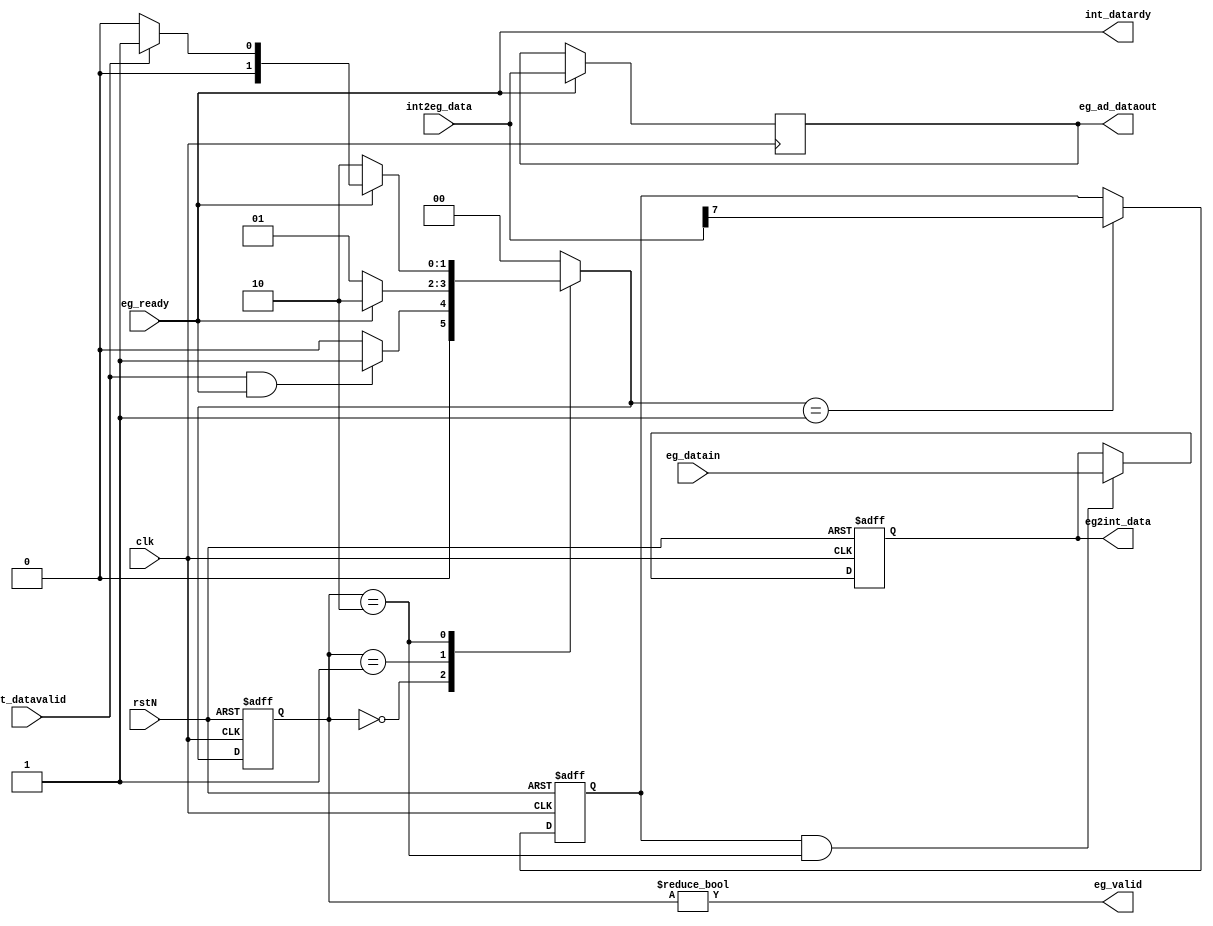
//---------------------------------------------------------------------------//
//                                                                           //
//  Module:  egress                                                          //
//                                                                           //
//  Version: 13 July 2006                                                    //
//---------------------------------------------------------------------------//

//************************************************************************
//
//  Copyright (c) 2017 Cadence Design Systems, Inc. All Rights
//  Reserved.  Unpublished -- rights reserved under the copyright laws of
//  the United States.
//
//  The content of this file is owned by Jasper Design Automation, Inc.
//  and may be used only as authorized in the license agreement
//  controlling such use. No part of these materials may be reproduced,
//  transmitted, or translated, in any form or by any means, electronic,
//  mechanical, manual, optical, or otherwise, without prior written
//  permission of Jasper Design Automation, or as expressly provided by
//  the license agreement. These materials are for information and
//  instruction purposes.
//
//  For technical assistance please send email to support@jasper-da.com.
//
// ***********************************************************************

`define EG_IDLE 2'b00
`define EG_ADDR 2'b01
`define EG_DATA 2'b10

module egress (
  clk, rstN,
  int2eg_data, eg2int_data, int_datavalid, int_datardy,
  eg_datain, eg_ad_dataout, eg_valid, eg_ready
);

input clk, rstN;

// Addr and data from the internal bridge
// For addr, 6:0 is the address and bit 7 is read_write information
input int_datavalid;
input [7:0] int2eg_data;
output int_datardy;
output [7:0] eg2int_data;

input eg_ready;
input [7:0] eg_datain;
output eg_valid;
output [7:0] eg_ad_dataout;

reg [1:0] nxt_state, cur_state;
reg [7:0] eg_ad_dataout;
reg [7:0] eg2int_data;
wire eg_valid = cur_state!=`EG_IDLE;

reg read_write;

always @(posedge clk or negedge rstN)
if (!rstN) read_write <= 1'b0;
else if (nxt_state==`EG_ADDR) read_write <= int2eg_data[7];

always @(posedge clk)
  if (eg_ready) eg_ad_dataout <= int2eg_data;

reg [7:0] i2c2int_data;

always @(posedge clk or negedge rstN)
if (!rstN) eg2int_data <= 8'b0;
else if (read_write && cur_state==`EG_DATA) begin
      eg2int_data <= eg_datain;
end


always @(posedge clk or negedge rstN)
if (!rstN) begin
        cur_state <= `EG_IDLE;
end
else    cur_state <= nxt_state;

always @(cur_state or int_datavalid or eg_ready) begin
case (cur_state)
`EG_IDLE: if (int_datavalid && eg_ready) nxt_state = `EG_ADDR;
       else nxt_state = `EG_IDLE;
`EG_ADDR: if (eg_ready) nxt_state = `EG_DATA;
     else nxt_state = `EG_ADDR;
`EG_DATA: if (eg_ready) begin
              if (int_datavalid) nxt_state = `EG_ADDR;
              else nxt_state = `EG_IDLE;
          end
          else nxt_state = `EG_DATA;
default: nxt_state = `EG_IDLE;
endcase

end

wire int_datardy = eg_ready;

endmodule // egress